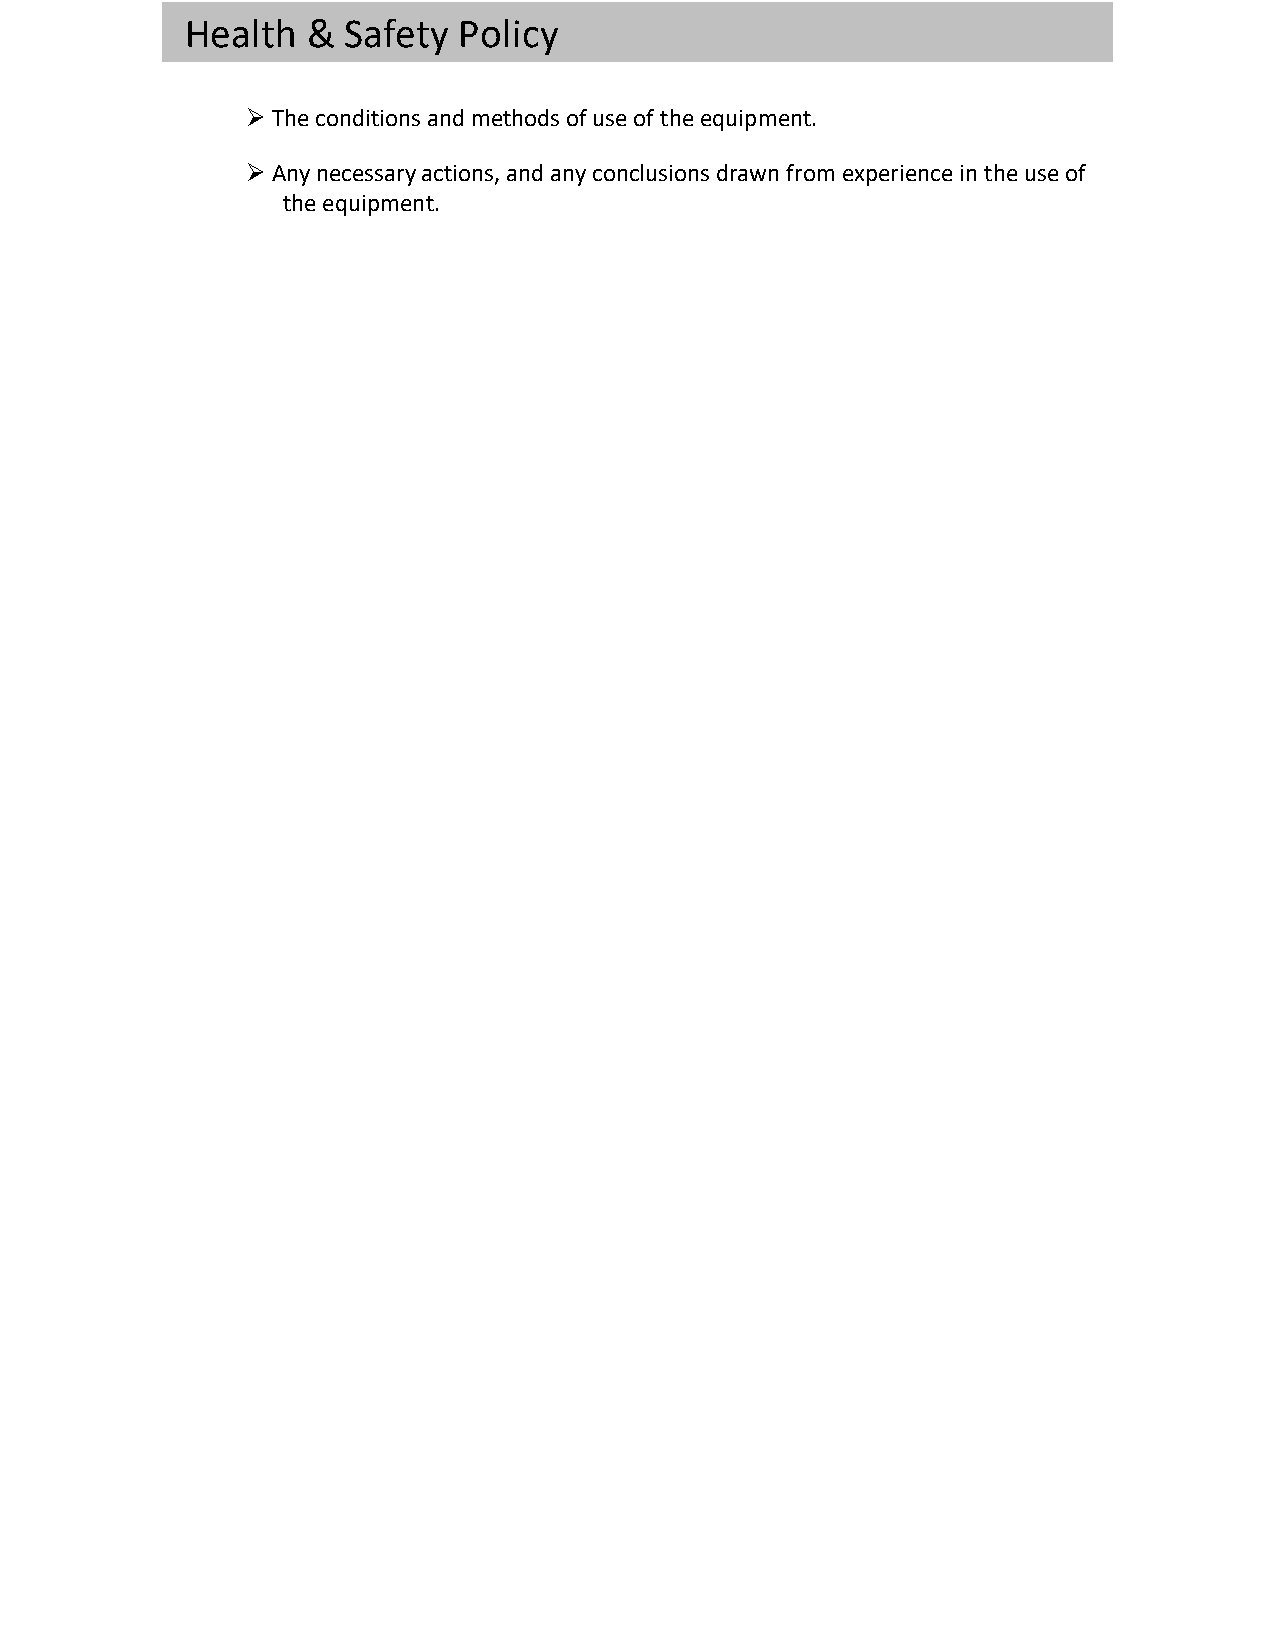
Health  &  Safety Policy
 Ø The conditions and methods of use of the equipment.
 Ø Any necessary actions, and any conclusions drawn from experience in the use of
 the equipment.